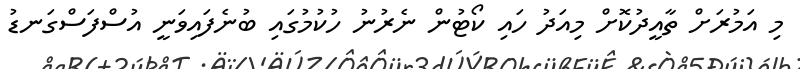
މި އަމުރަށް ތާއީދުކޮށް މިއަދު ހައި ކޯޓުން ނެރުނު ހުކުމުގައި ބުނެފައިވަނީ އުސްފަސްގަނޑު